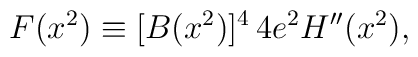
F(x^2)\equiv[B(x^2)]^4 \,4e^2H''(x^2),